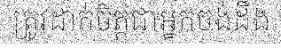
ត្រូវដាក់ចិត្តជាអ្នកចង់ដឹង